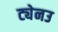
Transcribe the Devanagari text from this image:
ट्येनउ